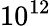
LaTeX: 10^{12}